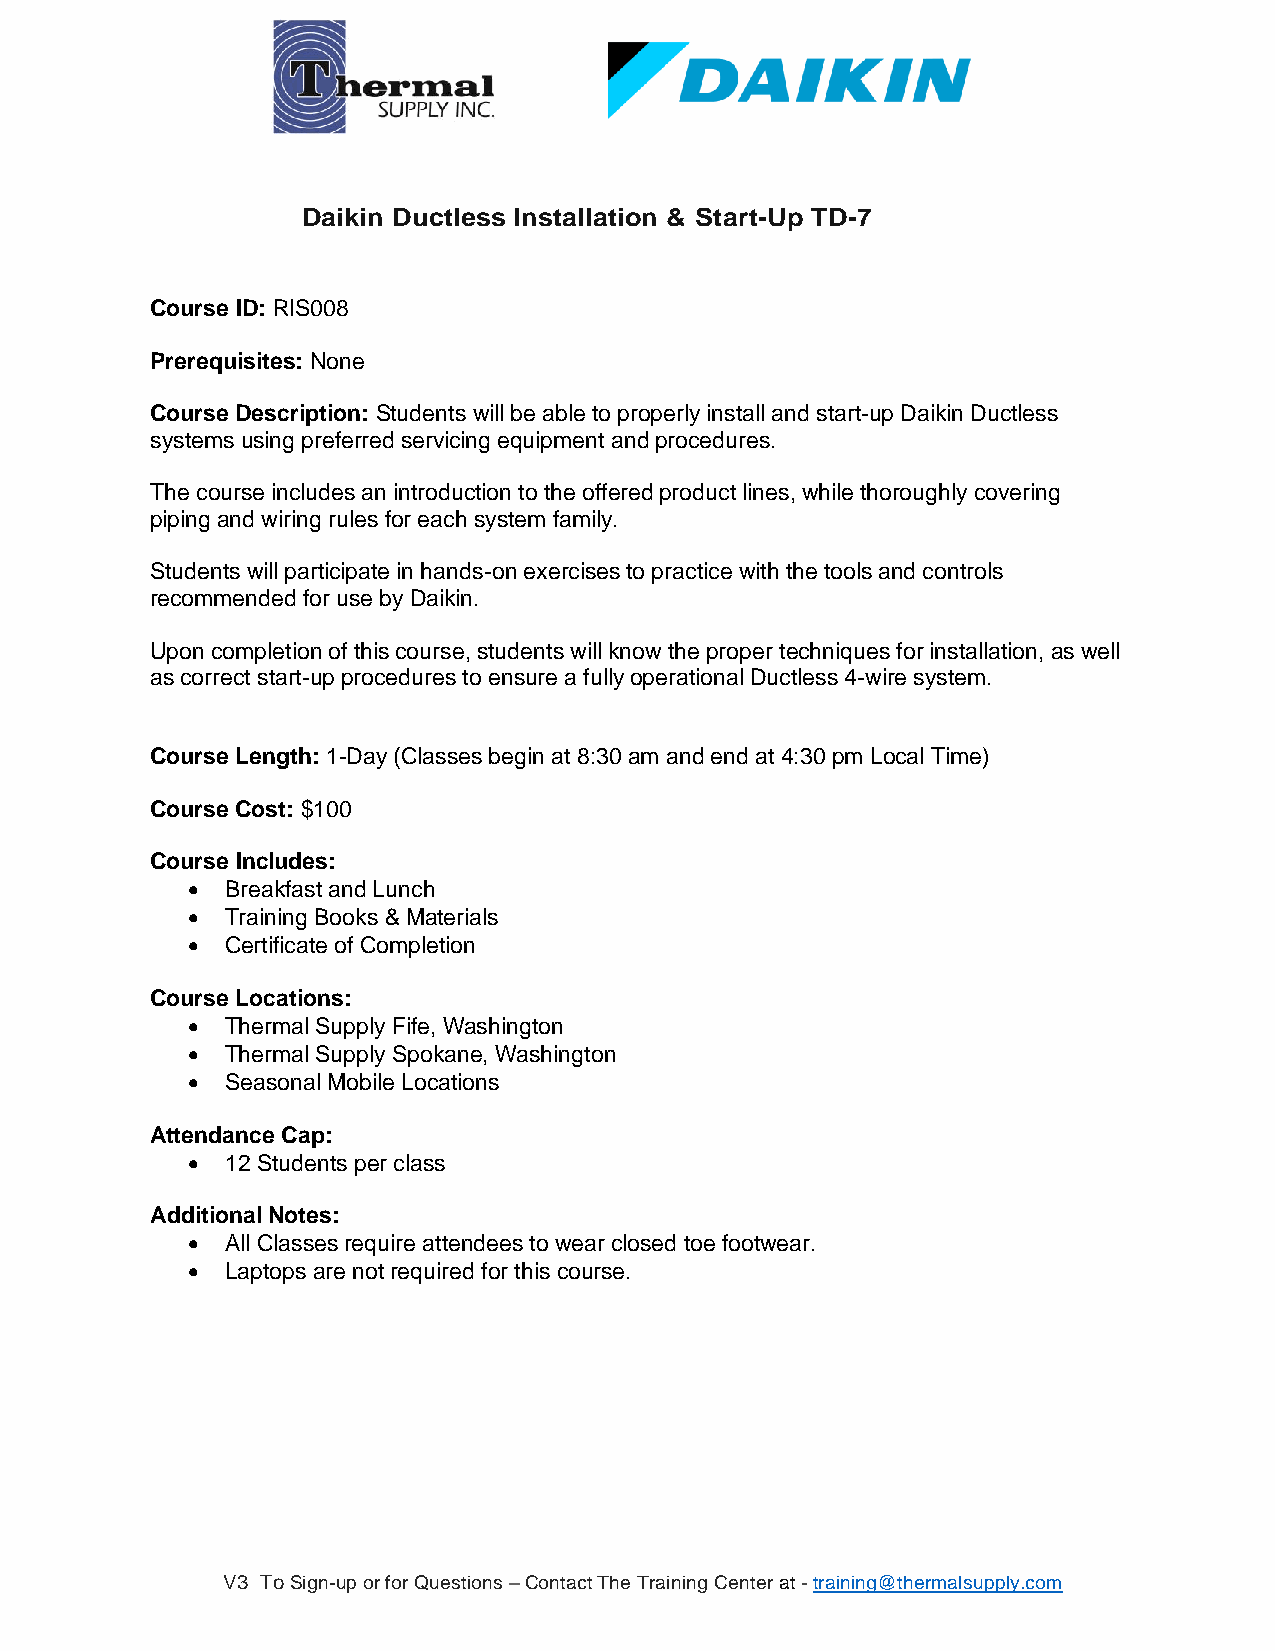
Daikin Ductless Installation & Start-Up TD-7
 Course ID: RIS008
 Prerequisites: None
 Course Description: Students will be able to properly install and start-up Daikin Ductless
 systems using preferred servicing equipment and procedures.
 The course includes an introduction to the offered product lines, while thoroughly covering
 piping and wiring rules for each system family.
 Students will participate in hands-on exercises to practice with the tools and controls
 recommended for use by Daikin.
 Upon completion of this course, students will know the proper techniques for installation, as well
 as correct start-up procedures to ensure a fully operational Ductless 4-wire system.
 Course Length: 1-Day (Classes begin at 8:30 am and end at 4:30 pm Local Time)
 Course Cost: $100
 Course Includes:
 •  Breakfast and Lunch
 •  Training Books & Materials
 •  Certificate of Completion
 Course Locations:
 •  Thermal Supply Fife, Washington
 •  Thermal Supply Spokane, Washington
 •  Seasonal Mobile Locations
 Attendance Cap:
 •  12 Students per class
 Additional Notes:
 •  All Classes require attendees to wear closed toe footwear.
 •  Laptops are not required for this course.
 V3 To Sign-up or for Questions – Contact The Training Center at - training@thermalsupply.com